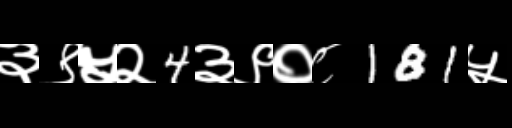
Text: ३९५२4३९०८181५